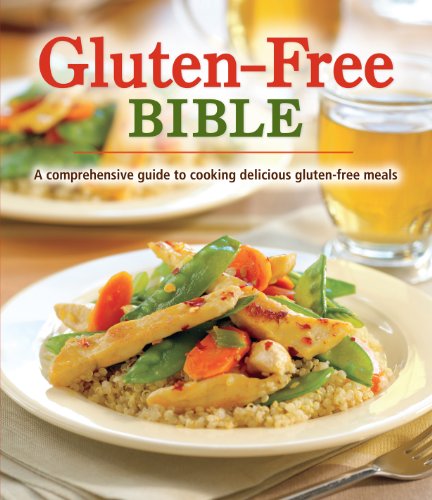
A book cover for Gluten-Free Bible; Cookbooks, Food & Wine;